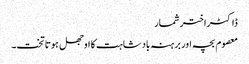
ڈاکٹراختر شمار
معصوم بچہ اور برہنہ بادشاہت کا اوجھل ہوتا تخت۔